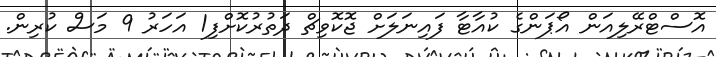
އޮސްޓްރޭލިއަން އޯޕަންގެ ކުއާޓާ ފައިނަލަށް ޖޮކޮވިޗް ދަތުރުކޮށްފި1 އަހަރު 9 މަސް ކުރިން.